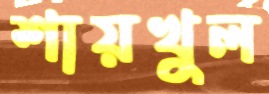
শায়খুল